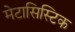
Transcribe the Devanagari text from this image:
मेटासिस्टिक